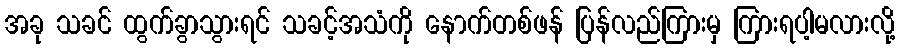
အခု သခင် ထွက်ခွာသွားရင် သခင့်အသံကို နောက်တစ်ဖန် ပြန်လည်ကြားမှ ကြားရပါ့မလားလို့